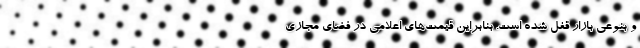
و بنوعی بازار قفل شده است. بنابراین قیمت‌های اعلامی در فضای مجازی